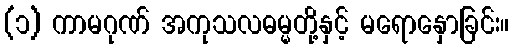
(၁) ကာမဂုဏ် အကုသလဓမ္မတို့နှင့် မရောနှောခြင်း။